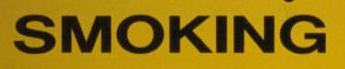
smoking